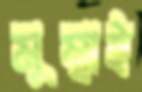
মুম্বাই